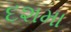
દશમા